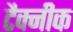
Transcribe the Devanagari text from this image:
टैक्नीक